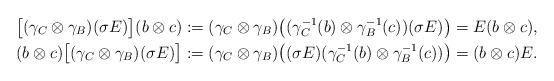
LaTeX: \begin{align*}\bigl[(\gamma_C\otimes\gamma_B)(\sigma E)\bigr](b\otimes c)&:=(\gamma_C\otimes\gamma_B)\bigl((\gamma_C^{-1}(b)\otimes\gamma_B^{-1}(c))(\sigma E)\bigr)=E(b\otimes c), \\(b\otimes c)\bigl[(\gamma_C\otimes\gamma_B)(\sigma E)\bigr]&:=(\gamma_C\otimes\gamma_B)\bigl((\sigma E)(\gamma_C^{-1}(b)\otimes\gamma_B^{-1}(c))\bigr)=(b\otimes c)E.\end{align*}